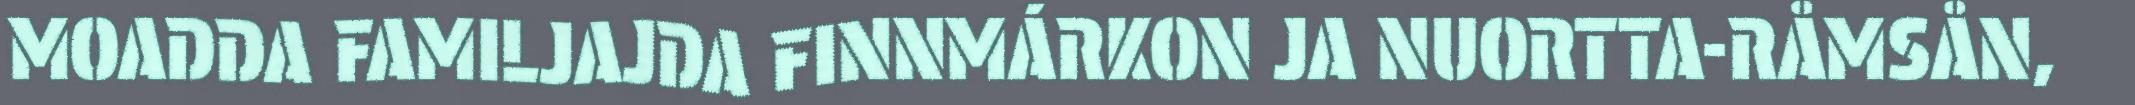
MOADDA FAMILJAJDA FINNMÁRKON JA NUORTTA-RÅMSÅN,